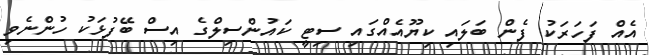
އެއް ފަހަރަކު ފެން ބަލައި ކިޔޫއެއްގައި ސިޓީ ކައުންސިލްގެ އިސް ބޭފުޅަކު ހުންނެވި